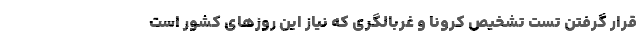
قرار گرفتن تست تشخیص کرونا و غربالگری که نیاز این روزهای کشور است